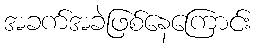
အခက်အခဲဖြစ်နေကြောင်း